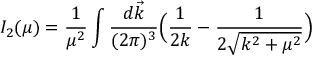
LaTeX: I _ { 2 } ( \mu ) = \frac { 1 } { \mu ^ { 2 } } \int \frac { d \vec { k } } { ( 2 \pi ) ^ { 3 } } \Big ( \frac { 1 } { 2 k } - \frac { 1 } { 2 \sqrt { k ^ { 2 } + \mu ^ { 2 } } } \Big )